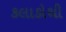
કલાકોથી